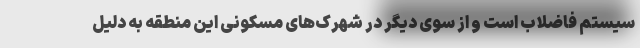
سیستم فاضلاب است و از سوی دیگر در شهرک‌های مسکونی این منطقه به دلیل